Scottish Leaving Certificate Examination, 1958
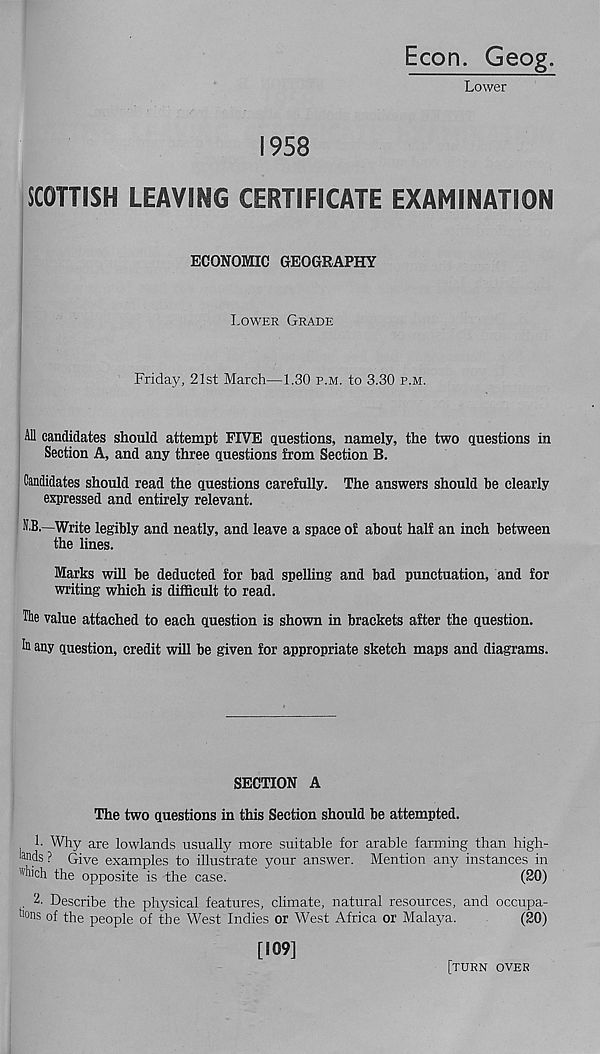
Econ. Geog.
Lower
1958
SCOTTISH LEAVING CERTIFICATE EXAMINATION
ECONOMIC GEOGRAPHY
Lower Grade
Friday, 21st March—1.30 p.m. to 3.30 p.m.
All candidates should attempt FIVE questions, namely, the two questions in
Section A, and any three questions from Section B.
Candidates should read the questions carefully. The answers should be clearly
expressed and entirely relevant.
NiB.—Write legibly and neatly, and leave a space of about half an inch between
the lines.
Marks will be deducted for bad spelling and bad punctuation, and for
writing which is difficult to read.
The value attached to each question is shown in brackets after the question.
In any question, credit will be given for appropriate sketch maps and diagrams.
SECTION A
The two questions in this Section should be attempted.
1. Why are lowlands usualty more suitable for arable farming than high-
lands ? Give examples to illustrate your answer. Mention any instances in
"'hich the opposite is the case.
(20)
. 2. Describe the physical features, climate, natural resources, and occupa-
nons of the people of the West Indies or West Africa or Malaya.
(20)
[109]
[turn over